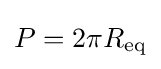
P=2\pi R_{\text{eq}}